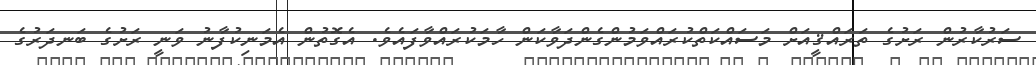
ސަރުކާރުން ރަށުގެ ތަރައްޤީއަށް މަސައްކަތްކުރައްވަމުންގެންދަވާކަން ހާމަކުރައްވާފައެވެ. އެގޮތުން އެމަނިކުފާނު ވަނީ ރަށުގެ ބަނދަރުގެ